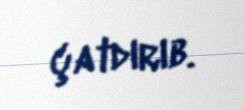
çatdırıb.